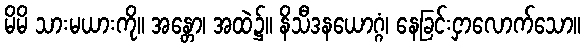
မိမိ သားမယားကို။ အန္တော၊ အထဲ၌။ နိသီဒနယောဂ္ဂံ၊ နေခြင်းငှာလောက်သော။